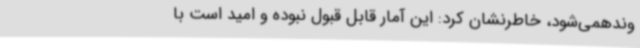
وندهمی‌شود، خاطرنشان کرد: این آمار قابل قبول نبوده و امید است با